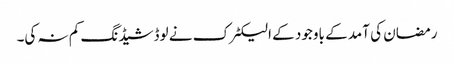
رمضان کی آمد کے باوجود کے الیکٹرک نے لوڈشیڈنگ کم نہ کی۔